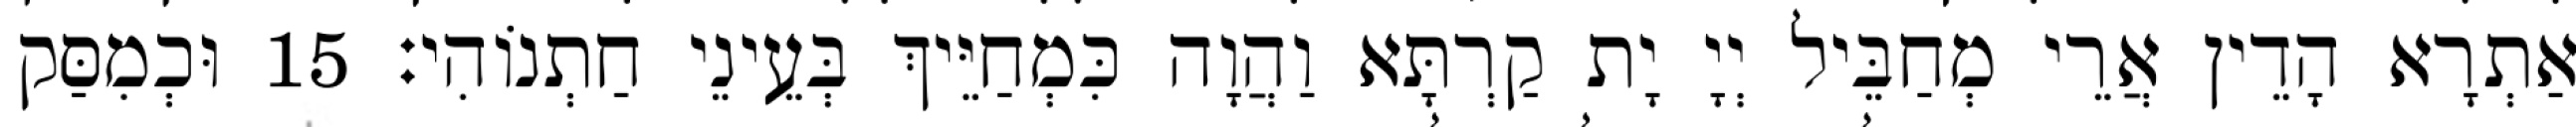
אַתְרָא הָדֵין אֲרֵי מְחַבֵּיל יְיָ יָת קַרְתָּא וַהֲוָה כִּמְחַיֵּיךְ בְּעֵינֵי חַתְנוֹהִי׃ 15 וּכְמִסַּק